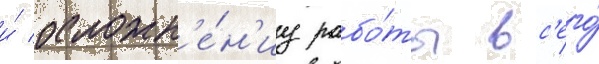
и́ осложн'е́н'иу рабо́ты вс'его́